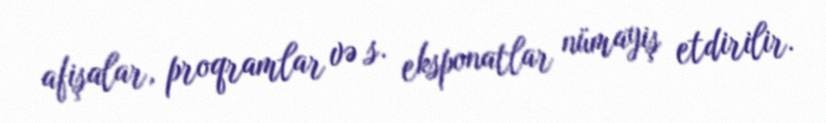
afişalar, proqramlar və s. eksponatlar nümayiş etdirilir.